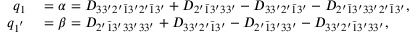
\begin{array} { r l } { q _ { 1 } } & { { } = \alpha = { D _ { 3 3 ^ { \prime } 2 ^ { \prime } \bar { 1 } 3 ^ { \prime } 2 ^ { \prime } \bar { 1 } 3 ^ { \prime } } } + { D _ { 2 ^ { \prime } \bar { 1 } 3 ^ { \prime } 3 3 ^ { \prime } } } - { D _ { 3 3 ^ { \prime } 2 ^ { \prime } \bar { 1 } 3 ^ { \prime } } } - { D _ { 2 ^ { \prime } \bar { 1 } 3 ^ { \prime } 3 3 ^ { \prime } 2 ^ { \prime } \bar { 1 } 3 ^ { \prime } } } , } \\ { q _ { 1 ^ { ' } } } & { { } = \beta = { D _ { 2 ^ { \prime } \bar { 1 } 3 ^ { \prime } 3 3 ^ { \prime } 3 3 ^ { \prime } } } + { D _ { 3 3 ^ { \prime } 2 ^ { \prime } \bar { 1 } 3 ^ { \prime } } } - { D _ { 2 ^ { \prime } \bar { 1 } 3 ^ { \prime } 3 3 ^ { \prime } } } - { D _ { 3 3 ^ { \prime } 2 ^ { \prime } \bar { 1 } 3 ^ { \prime } 3 3 ^ { \prime } } } , } \end{array}